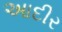
આદીર